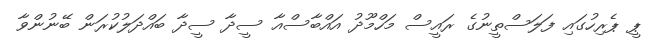
ޕީ ޕެރިހުގައި ފަލަސްތީނުގެ ރައީސް މަހްމޫދު އައްބާސްއާ ސީދާ ސީދާ ބައްދަލުކުރަން ބޭނުންވާ